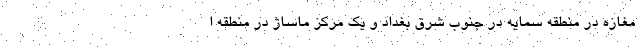
مغازه در منطقه سمایه در جنوب شرق بغداد و یک مرکز ماساژ در منطقه ا